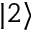
| 2 \rangle